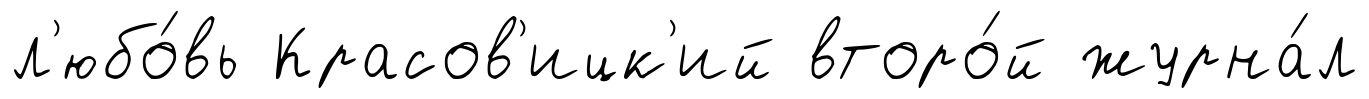
л'юбо́вь Красов'ицк'ий второ́й журна́л